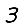
Digit: 3